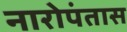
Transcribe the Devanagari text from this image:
नारोपंतास